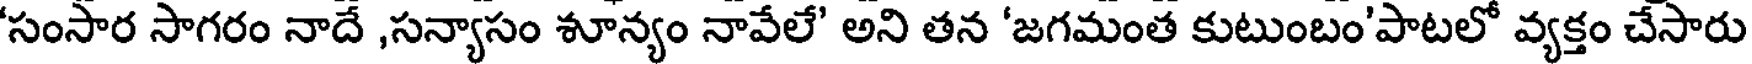
'సంసార సాగరం నాదే ,సన్యాసం శూన్యం నావేలే' అని తన 'జగమంత కుటుంబం'పాటలో వ్యక్తం చేసారు